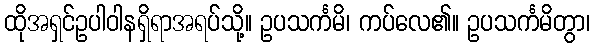
ထိုအရှင်ဥပါဝါနရှိရာအရပ်သို့။ ဥပသင်္ကမိ၊ ကပ်လေ၏။ ဥပသင်္ကမိတွာ၊